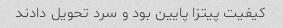
کیفیت پیتزا پایین بود و سرد تحویل دادند